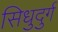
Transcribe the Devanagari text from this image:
सिधुदुर्ग